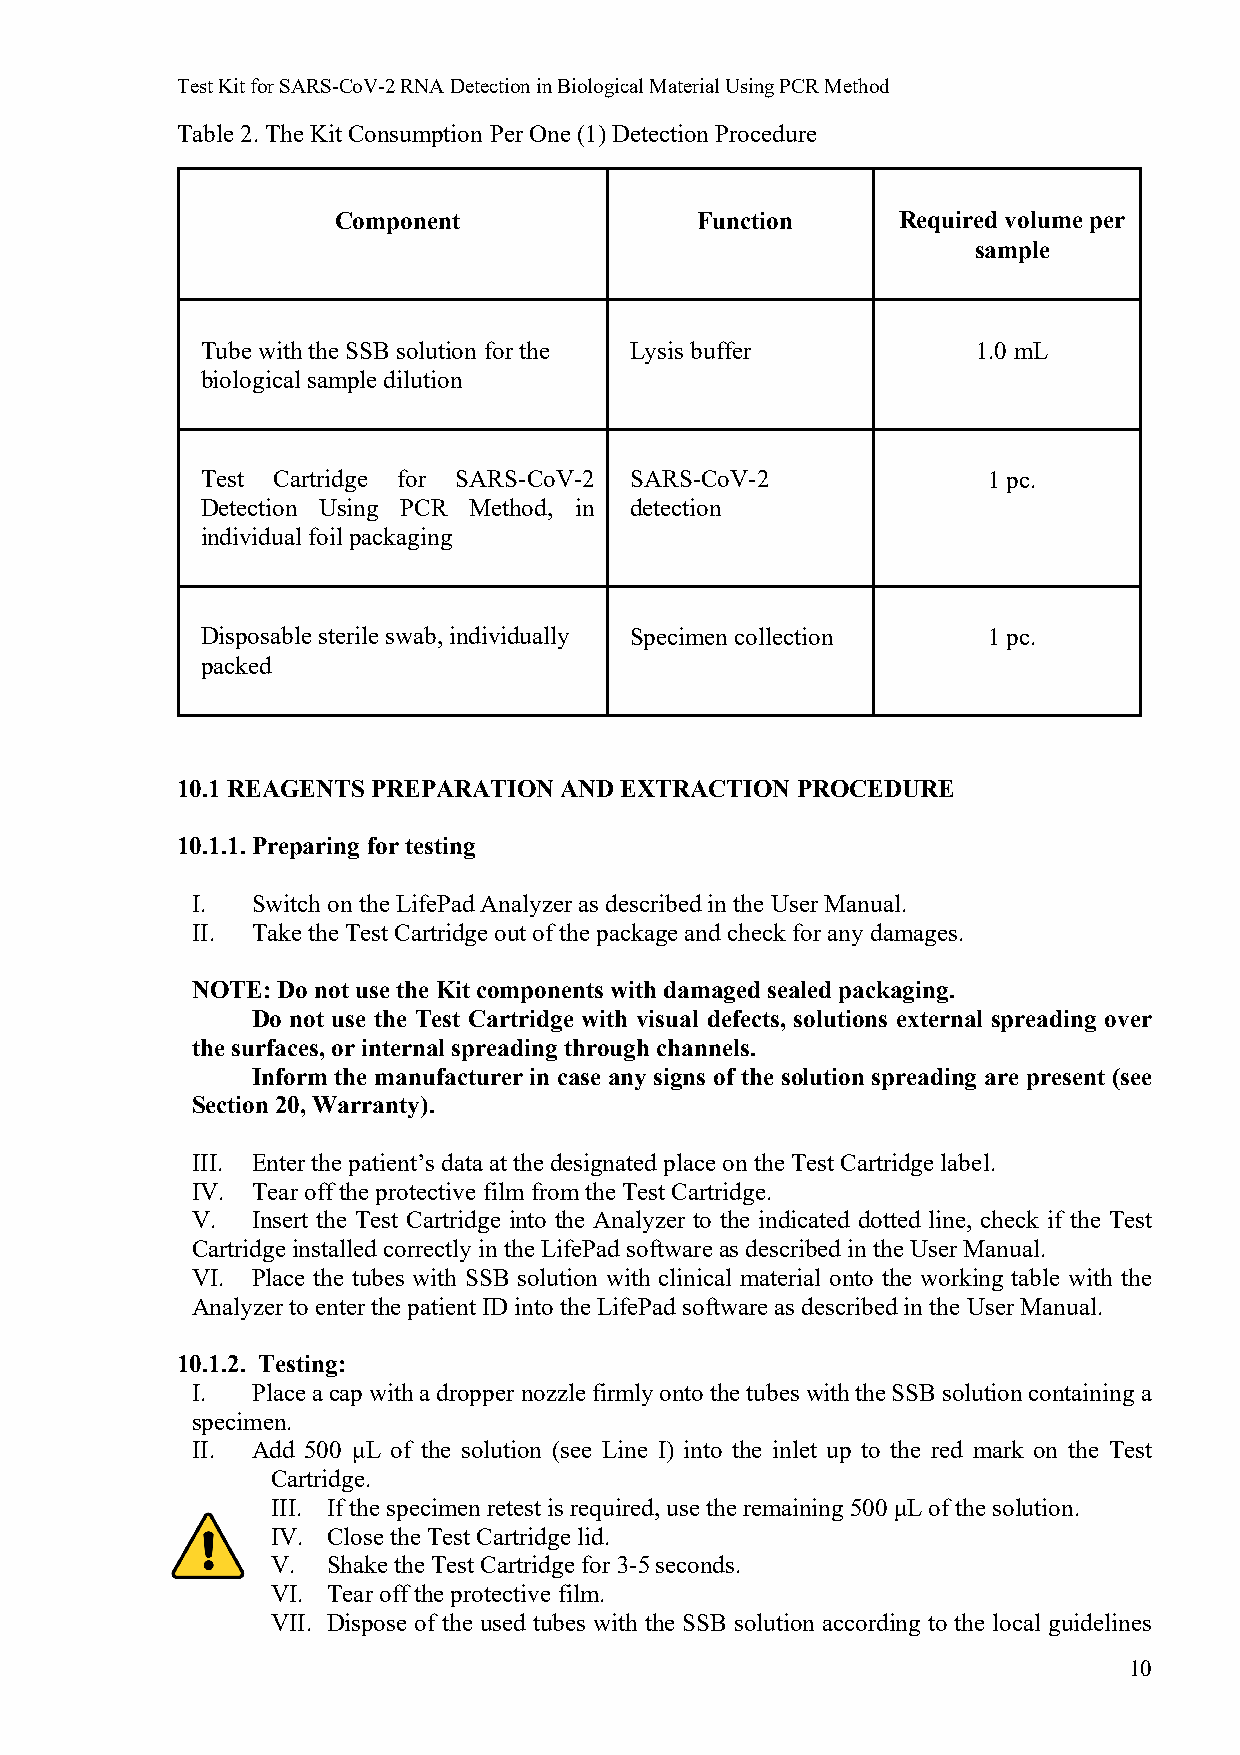
Test Kit for SARS-CoV-2 RNA Detection in Biological Material Using PCR Method
 Table 2. The Kit Consumption Per One (1) Detection Procedure
 Component               Function      Required volume per
 sample
 Tube with the SSB solution for the Lysis buffer     1.0 mL
 biological sample dilution
 Test Cartridge for SARS-CoV-2 SARS-CoV-2            1 pc.
 Detection Using PCR Method, in detection
 individual foil packaging
 Disposable sterile swab, individually Specimen collection 1 pc.
 packed
 10.1 REAGENTS PREPARATION AND EXTRACTION PROCEDURE
 10.1.1. Preparing for testing
 I.  Switch on the LifePad Analyzer as described in the User Manual.
 II. Take the Test Cartridge out of the package and check for any damages.
 NOTE: Do not use the Kit components with damaged sealed packaging.
 Do not use the Test Cartridge with visual defects, solutions external spreading over
 the surfaces, or internal spreading through channels.
 Inform the manufacturer in case any signs of the solution spreading are present (see
 Section 20, Warranty).
 III. Enter the patient’s data at the designated place on the Test Cartridge label.
 IV. Tear off the protective film from the Test Cartridge.
 V.  Insert the Test Cartridge into the Analyzer to the indicated dotted line, check if the Test
 Cartridge installed correctly in the LifePad software as described in the User Manual.
 VI. Place the tubes with SSB solution with clinical material onto the working table with the
 Analyzer to enter the patient ID into the LifePad software as described in the User Manual.
 10.1.2. Testing:
 I.  Place a cap with a dropper nozzle firmly onto the tubes with the SSB solution containing a
 specimen.
 II. Add 500 µL of the solution (see Line I) into the inlet up to the red mark on the Test
 Cartridge.
 III. If the specimen retest is required, use the remaining 500 μL of the solution.
 IV. Close the Test Cartridge lid.
 V.  Shake the Test Cartridge for 3-5 seconds.
 VI. Tear off the protective film.
 VII. Dispose of the used tubes with the SSB solution according to the local guidelines
 10